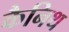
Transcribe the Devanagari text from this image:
कैनिथ